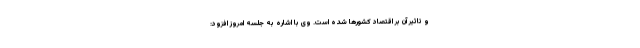
و تاثیر آن بر اقتصاد کشورها شده است. وی با اشاره به جلسه امروز افزود: